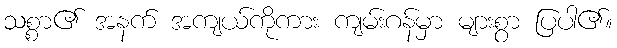
သစ္စာ၏ အနက် အကျယ်ကိုကား ကျမ်းဂန်မှာ များစွာ ပြပါ၏။